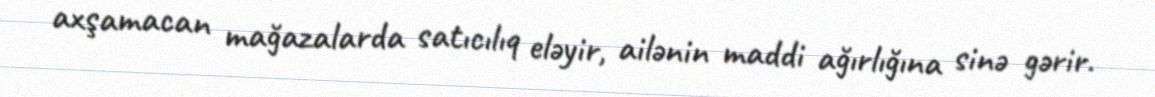
axşamacan mağazalarda satıcılıq eləyir, ailənin maddi ağırlığına sinə gərir.